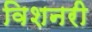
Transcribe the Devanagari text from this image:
विशनरी